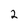
Character: 2